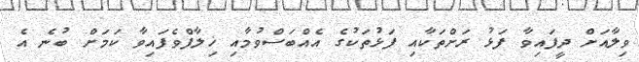
ވިލާއަށް ދީފައިވާ ފަޅު ރަށްތަކާއި ފަޅުތަކުގެ އެއްބަސްވުމާއި ޚިލާފްވެފައިވާ ކަމަށް ބުނެ އެ